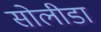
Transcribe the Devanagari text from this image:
सोलीडा